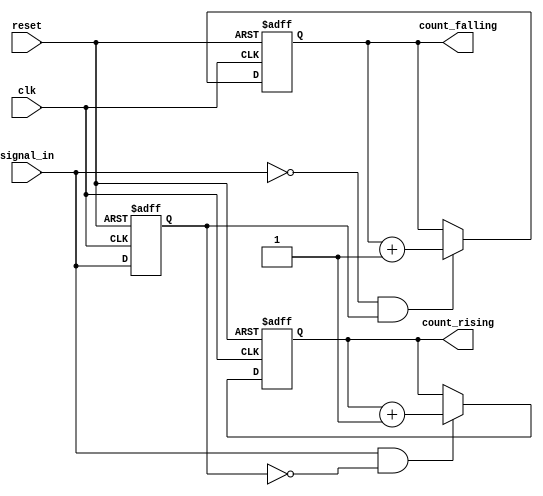
module edge_counter (
    input wire clk,               // Clock input
    input wire reset,             // Asynchronous reset
    input wire signal_in,         // Input signal to detect edges
    output reg [31:0] count_rising,   // Count of rising edges
    output reg [31:0] count_falling   // Count of falling edges
);

    reg signal_in_prev;           // Register to hold the previous state of signal_in

    // Asynchronous reset and edge detection logic
    always @(posedge clk or posedge reset) begin
        if (reset) begin
            // Reset counts to zero
            count_rising <= 32'b0;
            count_falling <= 32'b0;
            signal_in_prev <= 1'b0; // Initialize previous signal state
        end else begin
            // Edge detection
            if (signal_in && !signal_in_prev) begin
                // Rising edge detected
                count_rising <= count_rising + 1;
            end
            if (!signal_in && signal_in_prev) begin
                // Falling edge detected
                count_falling <= count_falling + 1;
            end
            // Update previous state
            signal_in_prev <= signal_in;
        end
    end

endmodule